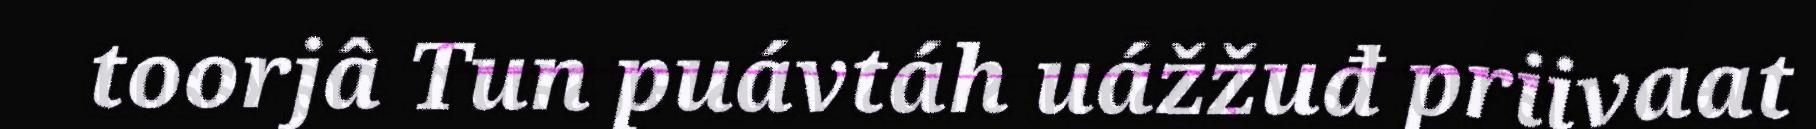
toorjâ Tun puávtáh uážžuđ priivaat